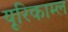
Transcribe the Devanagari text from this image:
यूरिकाम्ल